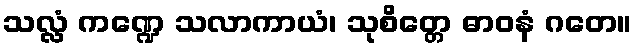
သလ္လံ ကဏ္ဍေ သလာကာယံ၊ သုစိတ္တေ ဓာဝနံ ဂတေ။